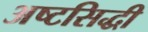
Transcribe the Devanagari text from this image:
अष्टसिद्धी